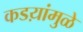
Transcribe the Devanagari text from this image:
कडय़ांमुळे